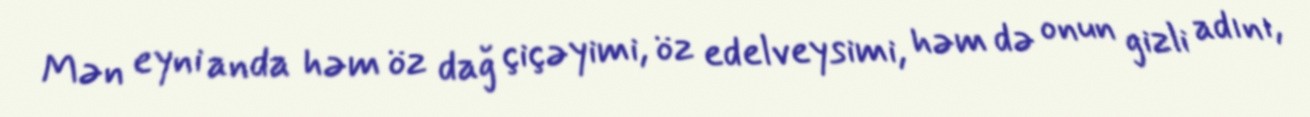
Mən eyni anda həm öz dağ çiçəyimi, öz edelveysimi, həm də onun gizli adını,